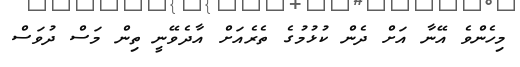
މިހެންވެ އޭނާ އަށް ދެން ކުޅުމުގެ ތެރެއަށް އާދެވޭނީ ތިން މަސް ދުވަސް